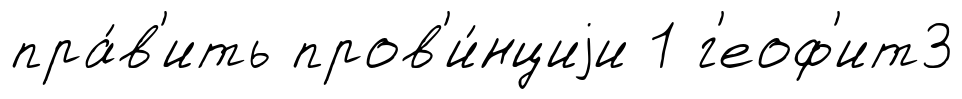
пра́в'ить пров'и́нциjи 1 г'еоф'ит3